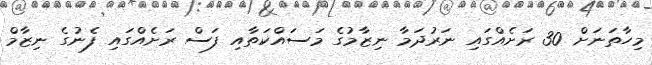
މިހާތަނަށް 30 ރަށެއްގައި ނަރުދަމާ ނިޒާމުގެ މަސައްކަތާއި ފަސް ރަށެއްގައި ފެނުގެ ނިޒާމް